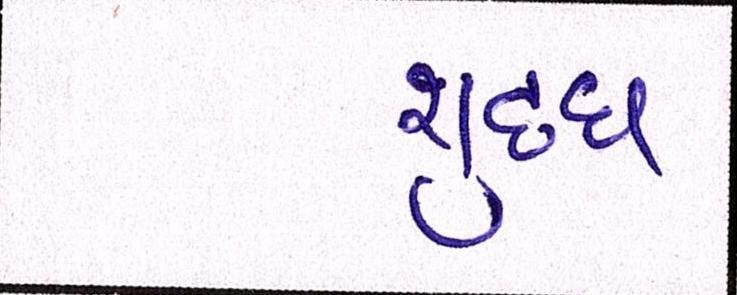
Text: શુધ્ધ